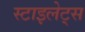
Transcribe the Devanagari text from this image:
स्टाइलेट्स